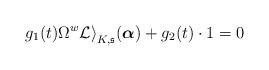
LaTeX: \begin{align*}g_1(t)\Omega^w\mathcal{Li}_{K,\mathfrak{s}}({\boldsymbol \alpha})+g_2(t)\cdot 1=0\end{align*}